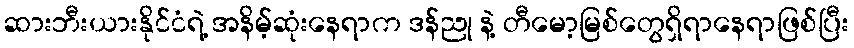
ဆားဘီးယားနိုင်ငံရဲ့ အနိမ့်ဆုံးနေရာက ဒန်ညု နဲ့ တီမော့မြစ်တွေရှိရာနေရာဖြစ်ပြီး